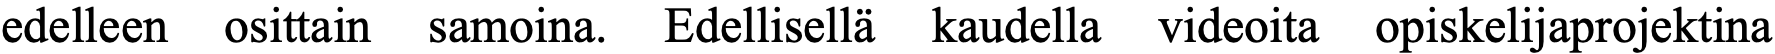
edelleen osittain samoina. Edellisellä kaudella videoita opiskelijaprojektina